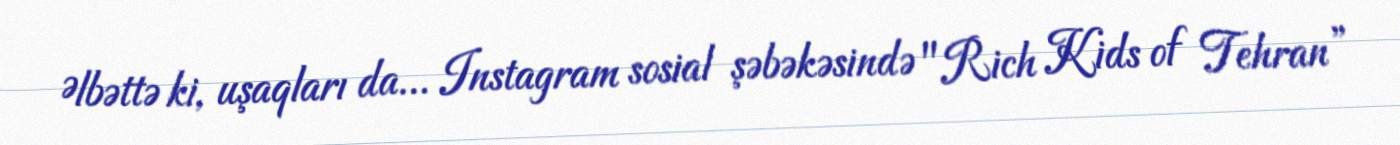
Əlbəttə ki, uşaqları da... Instagram sosial şəbəkəsində "Rich Kids of Tehran”